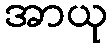
အာယု